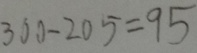
3 0 0 - 2 0 5 = 9 5